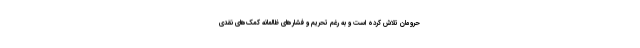
حرومان تلاش کرده است و به رغم تحریم و فشارهای ظالمانه کمک‌های نقدی